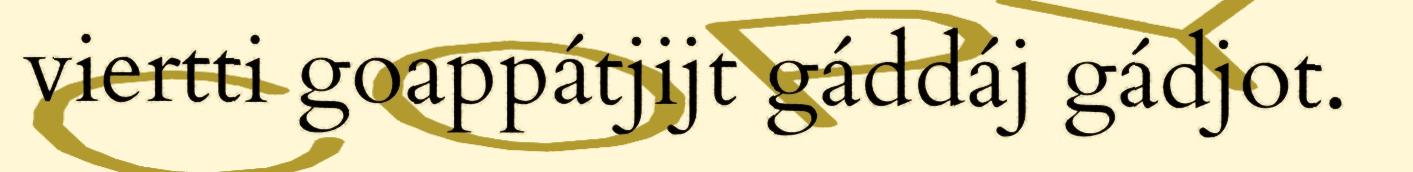
viertti goappátjijt gáddáj gádjot.